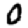
Digit: 0